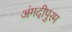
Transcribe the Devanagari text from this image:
अंगदीपुरम